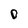
Character: O